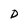
Character: D